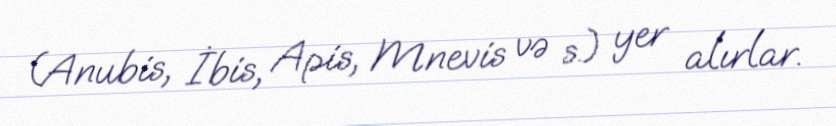
(Anubis, İbis, Apis, Mnevis və s.) yer alırlar.